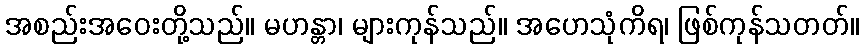
အစည်းအဝေးတို့သည်။ မဟန္တာ၊ များကုန်သည်။ အဟေသုံကိရ၊ ဖြစ်ကုန်သတတ်။